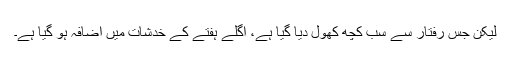
لیکن جس رفتار سے سب کچھ کھول دیا گیا ہے، اگلے ہفتے کے خدشات میں اضافہ ہو گیا ہے۔